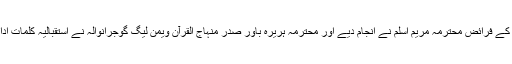
نقابت کے فرائض محترمہ مریم اسلم نے انجام دیے اور محترمہ ہریرہ باور صدر منہاج القرآن ویمن لیگ گوجرانوالہ نے استقبالیہ کلمات ادا کئے۔